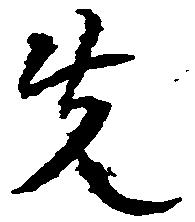
先